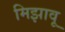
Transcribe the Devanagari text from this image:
मिझावू